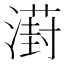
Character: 𣿝